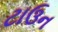
ટાઉન